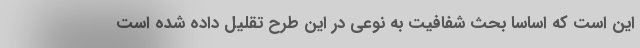
این است که اساسا بحث شفافیت به نوعی در این طرح تقلیل داده شده است